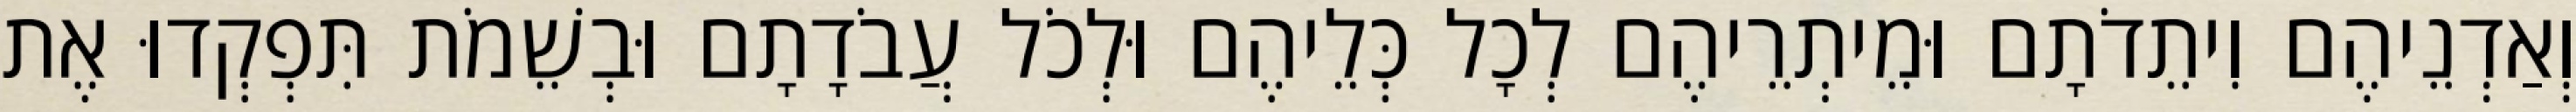
וְאַדְנֵיהֶם וִיתֵדֹתָם וּמֵיתְרֵיהֶם לְכָל כְּלֵיהֶם וּלְכֹל עֲבֹדָתָם וּבְשֵׁמֹת תִּפְקְדוּ אֶת